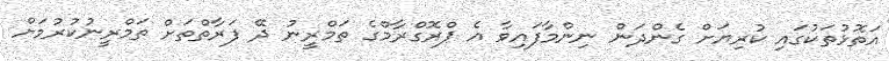
އަތޮޅުތަކުގައި ކުރިޔަށް ގެންދަން ނިންމާފައިވާ އެ ޕްރޮގްރާމްގެ ތަމްރީނު ދޭ ފަރާތްތަށް ތަމްރީނުކުރުމަށް